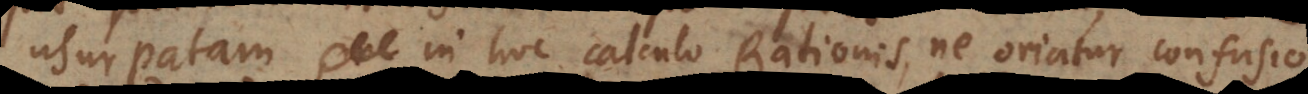
usurpatam in hoc calculo Rationis, ne oriatur confusio.